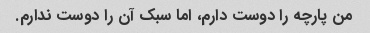
من پارچه را دوست دارم، اما سبک آن را دوست ندارم.